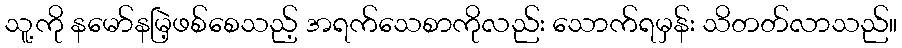
သူ့ကို နမော်နမြဲ့ဖစ်စေသည့် အရက်သေစာကိုလည်း သောက်ရမှန်း သိတတ်လာသည်။